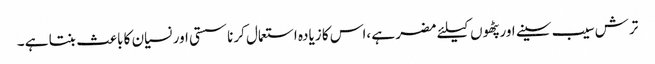
ترش سیب سینے اور پٹھوں کیلئے مضر ہے ،اس کا زیادہ استعمال کرنا سستی اور نسیان کا باعث بنتا ہے ۔